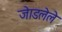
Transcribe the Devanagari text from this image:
जेाडलेले